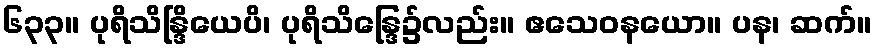
၆၃၃။ ပုရိသိန္ဒြိယေပိ၊ ပုရိသိန္ဒြေ၌လည်း။ ဧသေဝနယော။ ပန၊ ဆက်။